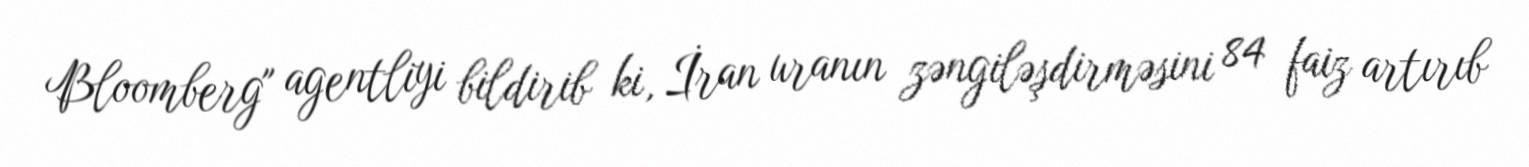
Bloomberg" agentliyi bildirib ki, İran uranın zəngiləşdirməsini 84 faiz artırıb